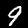
Digit: 9